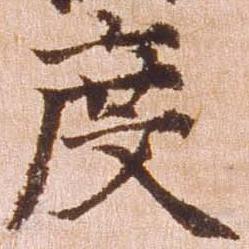
度